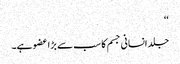
‘‘
جلد انسانی جسم کا سب سے بڑا عضو ہے۔